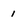
Character: 1